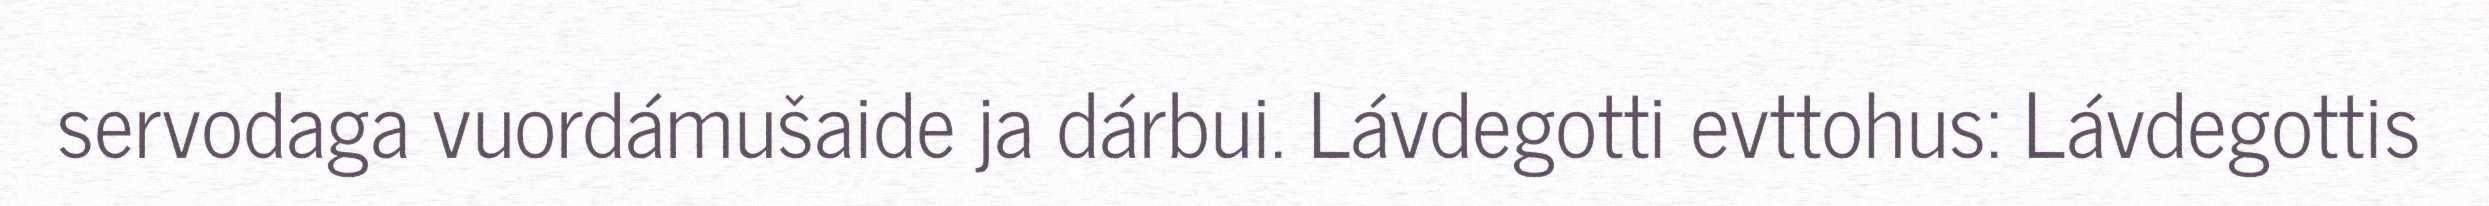
servodaga vuordámušaide ja dárbui. Lávdegotti evttohus: Lávdegottis